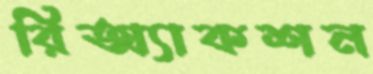
রিঅ্যাকশন